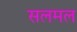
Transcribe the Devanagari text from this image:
सलमल